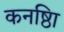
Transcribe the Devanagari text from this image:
कनष्ठाि